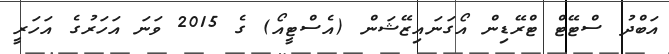
އަބްދު ސްޓޭޓް ޓްރޭޑިން އޯގަނައިޒޭޝަން (އެސްޓީއޯ) ގެ 2015 ވަނަ އަހަރުގެ އަހަރީ